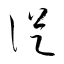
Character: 從